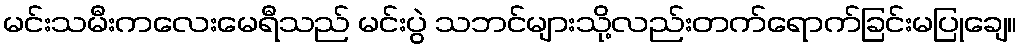
မင်းသမီးကလေးမေရီသည် မင်းပွဲ သဘင်များသို့လည်းတက်ရောက်ခြင်းမပြုချေ။